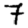
Digit: 7